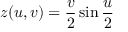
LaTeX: z ( u , v ) = { \frac { v } { 2 } } \sin { \frac { u } { 2 } }